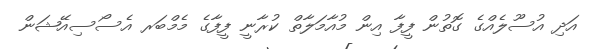
އަދި އުސޫލެއްގެ ގޮތުން ފީފާ އިން މުއާމަލާތް ކުރާނީ ފީފާގެ މެމްބަރ އެސޯސިއޭޝަން